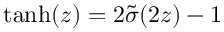
\mathrm { t a n h } ( z ) = 2 \tilde { \sigma } ( 2 z ) - 1